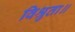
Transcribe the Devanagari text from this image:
विश्रुता॥